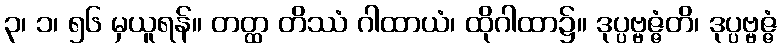
၃၊ ၁၊ ၅၆ မှယူရန်။ တတ္ထ တိဿံ ဂါထာယံ၊ ထိုဂါထာ၌။ ဒုပ္ပဗ္ဗဇ္ဇံတိ၊ ဒုပ္ပဗ္ဗဇ္ဇံ